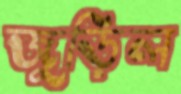
জুড়িল